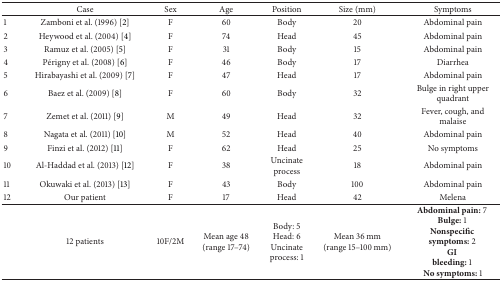
<table><thead><tr><td><b> </b></td><td><b>Case</b></td><td><b>Sex</b></td><td><b>Age</b></td><td><b>Position</b></td><td><b>Size (mm)</b></td><td><b>Symptoms</b></td></tr></thead><tbody><tr><td>1</td><td>Zamboni et al. (1996) [2]</td><td>F</td><td>60</td><td>Body</td><td>20</td><td>Abdominal pain</td></tr><tr><td>2</td><td>Heywood et al. (2004) [4]</td><td>F</td><td>74</td><td>Head</td><td>45</td><td>Abdominal pain</td></tr><tr><td>3</td><td>Ramuz et al. (2005) [5]</td><td>F</td><td>31</td><td>Body</td><td>15</td><td>Abdominal pain</td></tr><tr><td>4</td><td>Périgny et al. (2008) [6]</td><td>F</td><td>46</td><td>Body</td><td>17</td><td>Diarrhea</td></tr><tr><td>5</td><td>Hirabayashi et al. (2009) [7]</td><td>F</td><td>47</td><td>Head</td><td>17</td><td>Abdominal pain</td></tr><tr><td>6</td><td>Baez et al. (2009) [8]</td><td>F</td><td>60</td><td>Body</td><td>32</td><td>Bulge in right upper quadrant</td></tr><tr><td>7</td><td>Zemet et al. (2011) [9]</td><td>M</td><td>49</td><td>Head</td><td>32</td><td>Fever, cough, and malaise</td></tr><tr><td>8</td><td>Nagata et al. (2011) [10]</td><td>M</td><td>52</td><td>Head</td><td>40</td><td>Abdominal pain</td></tr><tr><td>9</td><td>Finzi et al. (2012) [11]</td><td>F</td><td>62</td><td>Head</td><td>25</td><td>No symptoms</td></tr><tr><td>10</td><td>Al-Haddad et al. (2013) [12]</td><td>F</td><td>38</td><td>Uncinate process</td><td>18</td><td>Abdominal pain</td></tr><tr><td>11</td><td>Okuwaki et al. (2013) [13]</td><td>F</td><td>43</td><td>Body</td><td>100</td><td>Abdominal pain</td></tr><tr><td>12</td><td>Our patient</td><td>F</td><td>17</td><td>Head</td><td>42</td><td>Melena</td></tr><tr><td> </td><td>12 patients</td><td>10F/2M</td><td>Mean age 48(range 17–74) </td><td>Body: 5Head: 6Uncinate process: 1</td><td>Mean 36 mm(range 15–100 mm)</td><td><b>Abdominal pain:</b> 7 <b>Bulge:</b> 1 <b>Nonspecific</b> <b>symptoms:</b> 2 <b>GI</b> <b>bleeding:</b> 1 <b>No symptoms:</b> 1</td></tr></tbody></table>